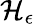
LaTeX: {\mathcal{H}}_{\epsilon}